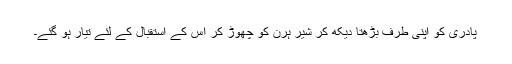
پادری کو اپنی طرف بڑھتا دیکھ کر شیر ہرن کو چھوڑ کر اس کے استقبال کے لئے تیار ہو گئے۔